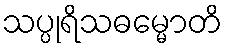
သပ္ပုရိသဓမ္မောတိ